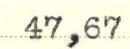
47,67